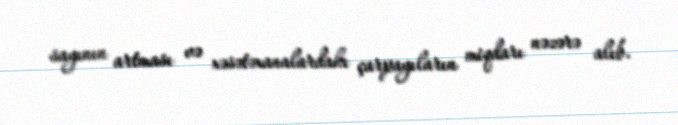
sayının artması və xəsətəxanalardakı çarpayıların miqdarı nəzərə alıb.